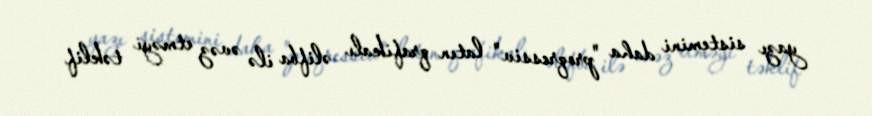
yazı sistemini daha "proqressiv" latın qrafikalı əlifba ilə əvəz etməyi təklif